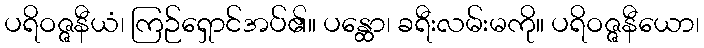
ပရိဝဇ္ဇနီယံ၊ ကြဉ်ရှောင်အပ်၏။ ပန္ထော၊ ခရီးလမ်းမကို။ ပရိဝဇ္ဇနီယော၊